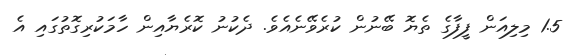
1.5 މިލިއަން ފީފާގެ ތެޔޮ ބޭނުން ކުރެވޭނެއެވެ. ދެކުނު ކޮރެޔާއިން ހާމަކުރިގޮތުގައި އެ